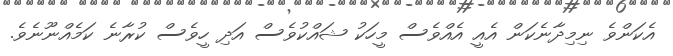
އެކަންވެ ނިމިދާނެކަން އެއީ އެއްވެސް މީހަކު ޝައްކުވެސް އަދި ހީވެސް ކުރާނެ ކަމެއްނޫނެވެ.